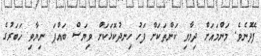
ފޭދުނެވެ. މަންމައަށް ދިމާވި ކަންތަކަށް ފަހު ހިނދުކޮޅަކަށް ވިޔަސް ބައްޕަ ނިޔާވި ޚަބަރުގެ